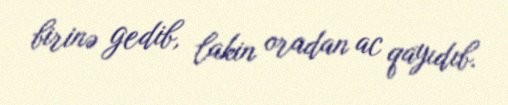
birinə gedib, lakin oradan ac qayıdıb.